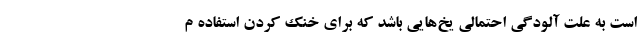
است به علت آلودگی احتمالی یخ‌هایی باشد که برای خنک کردن استفاده م